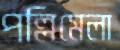
পল্লিমেলা